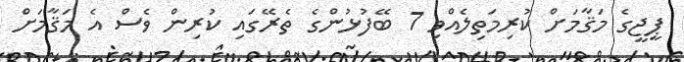
ޕީޖީގެ މަޤާމަށް ކުރިމަތިލެއްވި 7 ބޭފުޅުންގެ ތެރޭގައި ކުރިން ވެސް އެ މަޤާމަށް